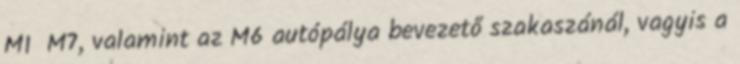
M1 M7, valamint az M6 autópálya bevezető szakaszánál, vagyis a